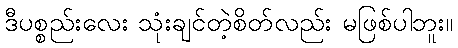
ဒီပစ္စည်းလေး သုံးချင်တဲ့စိတ်လည်း မဖြစ်ပါဘူး။